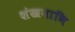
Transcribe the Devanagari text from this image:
शंखनाभि